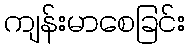
ကျန်းမာစေခြင်း